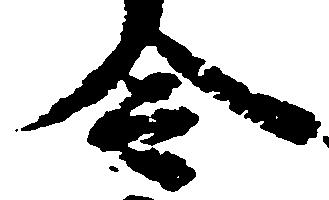
令